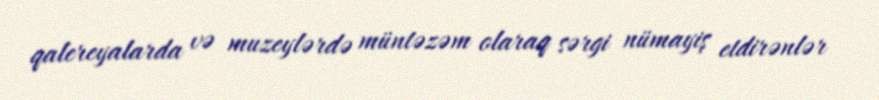
qalereyalarda və muzeylərdə müntəzəm olaraq sərgi nümayiş etdirənlər